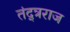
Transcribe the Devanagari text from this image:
तंद्त्रराज